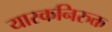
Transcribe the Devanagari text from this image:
यास्कनिरुक्त